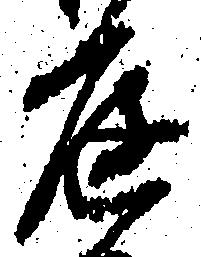
庭